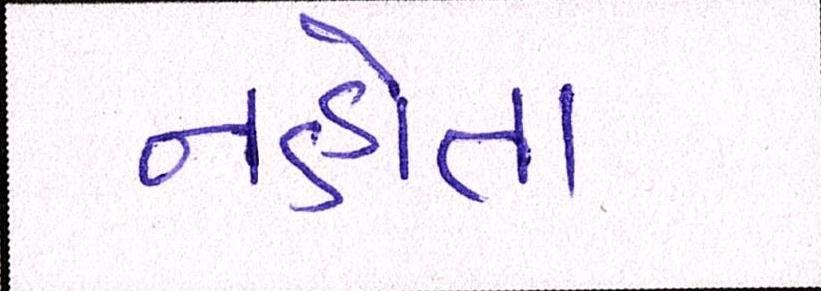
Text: નહોતા